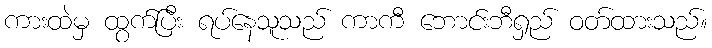
ကားထဲမှ ထွက်ပြီး ရပ်နေသူသည် ကာကီ ဘောင်းဘီရှည် ဝတ်ထားသည်။